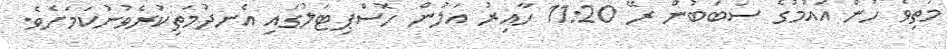
މަތިވެ ހުން އައުމުގެ ސަބަބުން ރޭ 11:20 ހާއިރު އަލުން ހޮސްޕިޓަލުގައި އެނދުމަތިކުރެވުނުކަމަށެވެ.